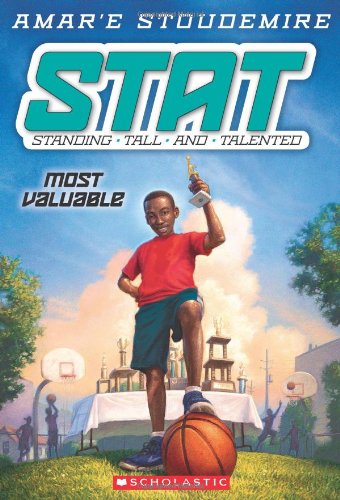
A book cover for STAT #5: Most Valuable (Stat: Standing Tall and Talented); Amar'e Stoudemire; Children's Books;